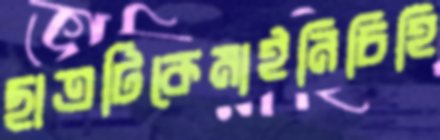
ছাত্রটিকেমাইনিচিহি